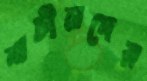
শচীনদের